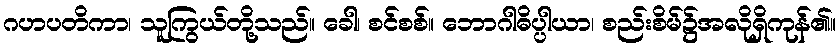
ဂဟပတိကာ၊ သူကြွယ်တို့သည်။ ခေါ၊ စင်စစ်။ ဘောဂါဓိပ္ပါယာ၊ စည်းစိမ်၌အလိုရှိကုန်၏။